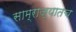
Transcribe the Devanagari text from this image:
साम्राज्यातच